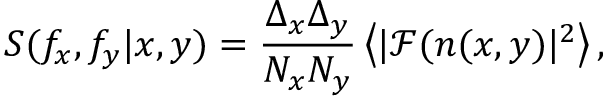
S ( f _ { x } , f _ { y } | x , y ) = \frac { { \Delta _ { x } } { \Delta _ { y } } } { N _ { x } N _ { y } } \left< | \mathcal { F } ( n ( x , y ) | ^ { 2 } \right> ,